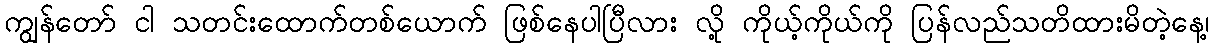
ကျွန်တော် ငါ သတင်းထောက်တစ်ယောက် ဖြစ်နေပါပြီလား လို့ ကိုယ့်ကိုယ်ကို ပြန်လည်သတိထားမိတဲ့နေ့၊